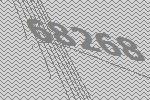
68268